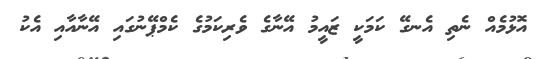
އޮޅުމެއް ނެތި އެނގޭ ކަމަކީ ޒައީމު އޭނާގެ ވެރިކަމުގެ ކެމްޕޭނުގައި އޭނާއާއި އެކު